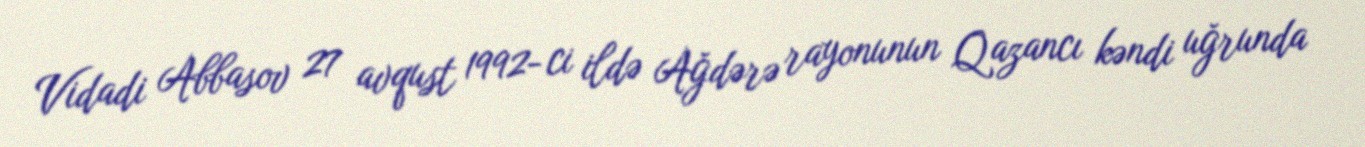
Vidadi Abbasov 27 avqust 1992- ci ildə Ağdərə rayonunun Qazancı kəndi uğrunda